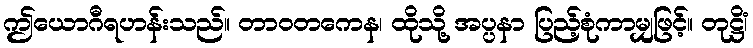
ဤယောဂီရဟန်းသည်။ တာဝတကေန၊ ထိုသို့ အပ္ပနာ ပြည့်စုံကာမျှဖြင့်။ တုဋ္ဌိံ၊